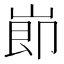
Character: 𡸎